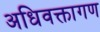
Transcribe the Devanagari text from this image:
अधिवक्तागण